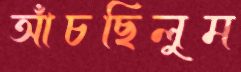
আঁচছিলুম